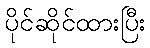
ပိုင်ဆိုင်ထားပြီး